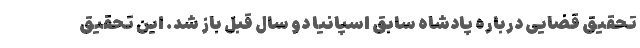
تحقیق قضایی درباره پادشاه سابق اسپانیا دو سال قبل باز شد. این تحقیق